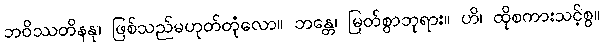
ဘဝိဿတိနနု၊ ဖြစ်သည်မဟုတ်တုံလော။ ဘန္တေ၊ မြတ်စွာဘုရား။ ဟိ၊ ထိုစကားသင့်စွ။